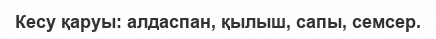
Кесу қаруы: алдаспан, қылыш, сапы, семсер.